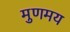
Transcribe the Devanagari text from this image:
मुणमय